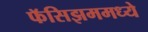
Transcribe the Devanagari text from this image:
फॅसिझममध्ये